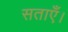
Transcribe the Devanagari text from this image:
सताएँ।